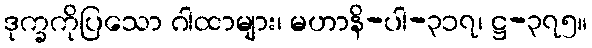
ဒုက္ခကိုပြသော ဂါထာများ၊ မဟာနိ-ပါ-၃၁၇၊ ဋ္ဌ-၃၇၅။